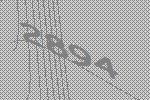
2894